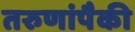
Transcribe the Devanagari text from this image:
तरुणांपैकी